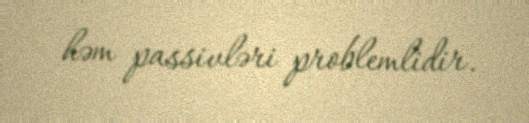
həm passivləri problemlidir.